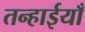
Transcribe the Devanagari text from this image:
तन्हाईयाँ